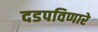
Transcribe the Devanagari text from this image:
दडपविणारे